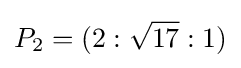
P_{2}=(2:{\sqrt {17}}:1)